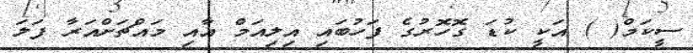
ސީކަމް( ) އަކީ ކުޑަ ގޮހޮރުގެ ފަހުބައި އިލިއަމް އާއި މައްޗަށްއަރާ ފަލަ